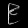
Digit: ၉